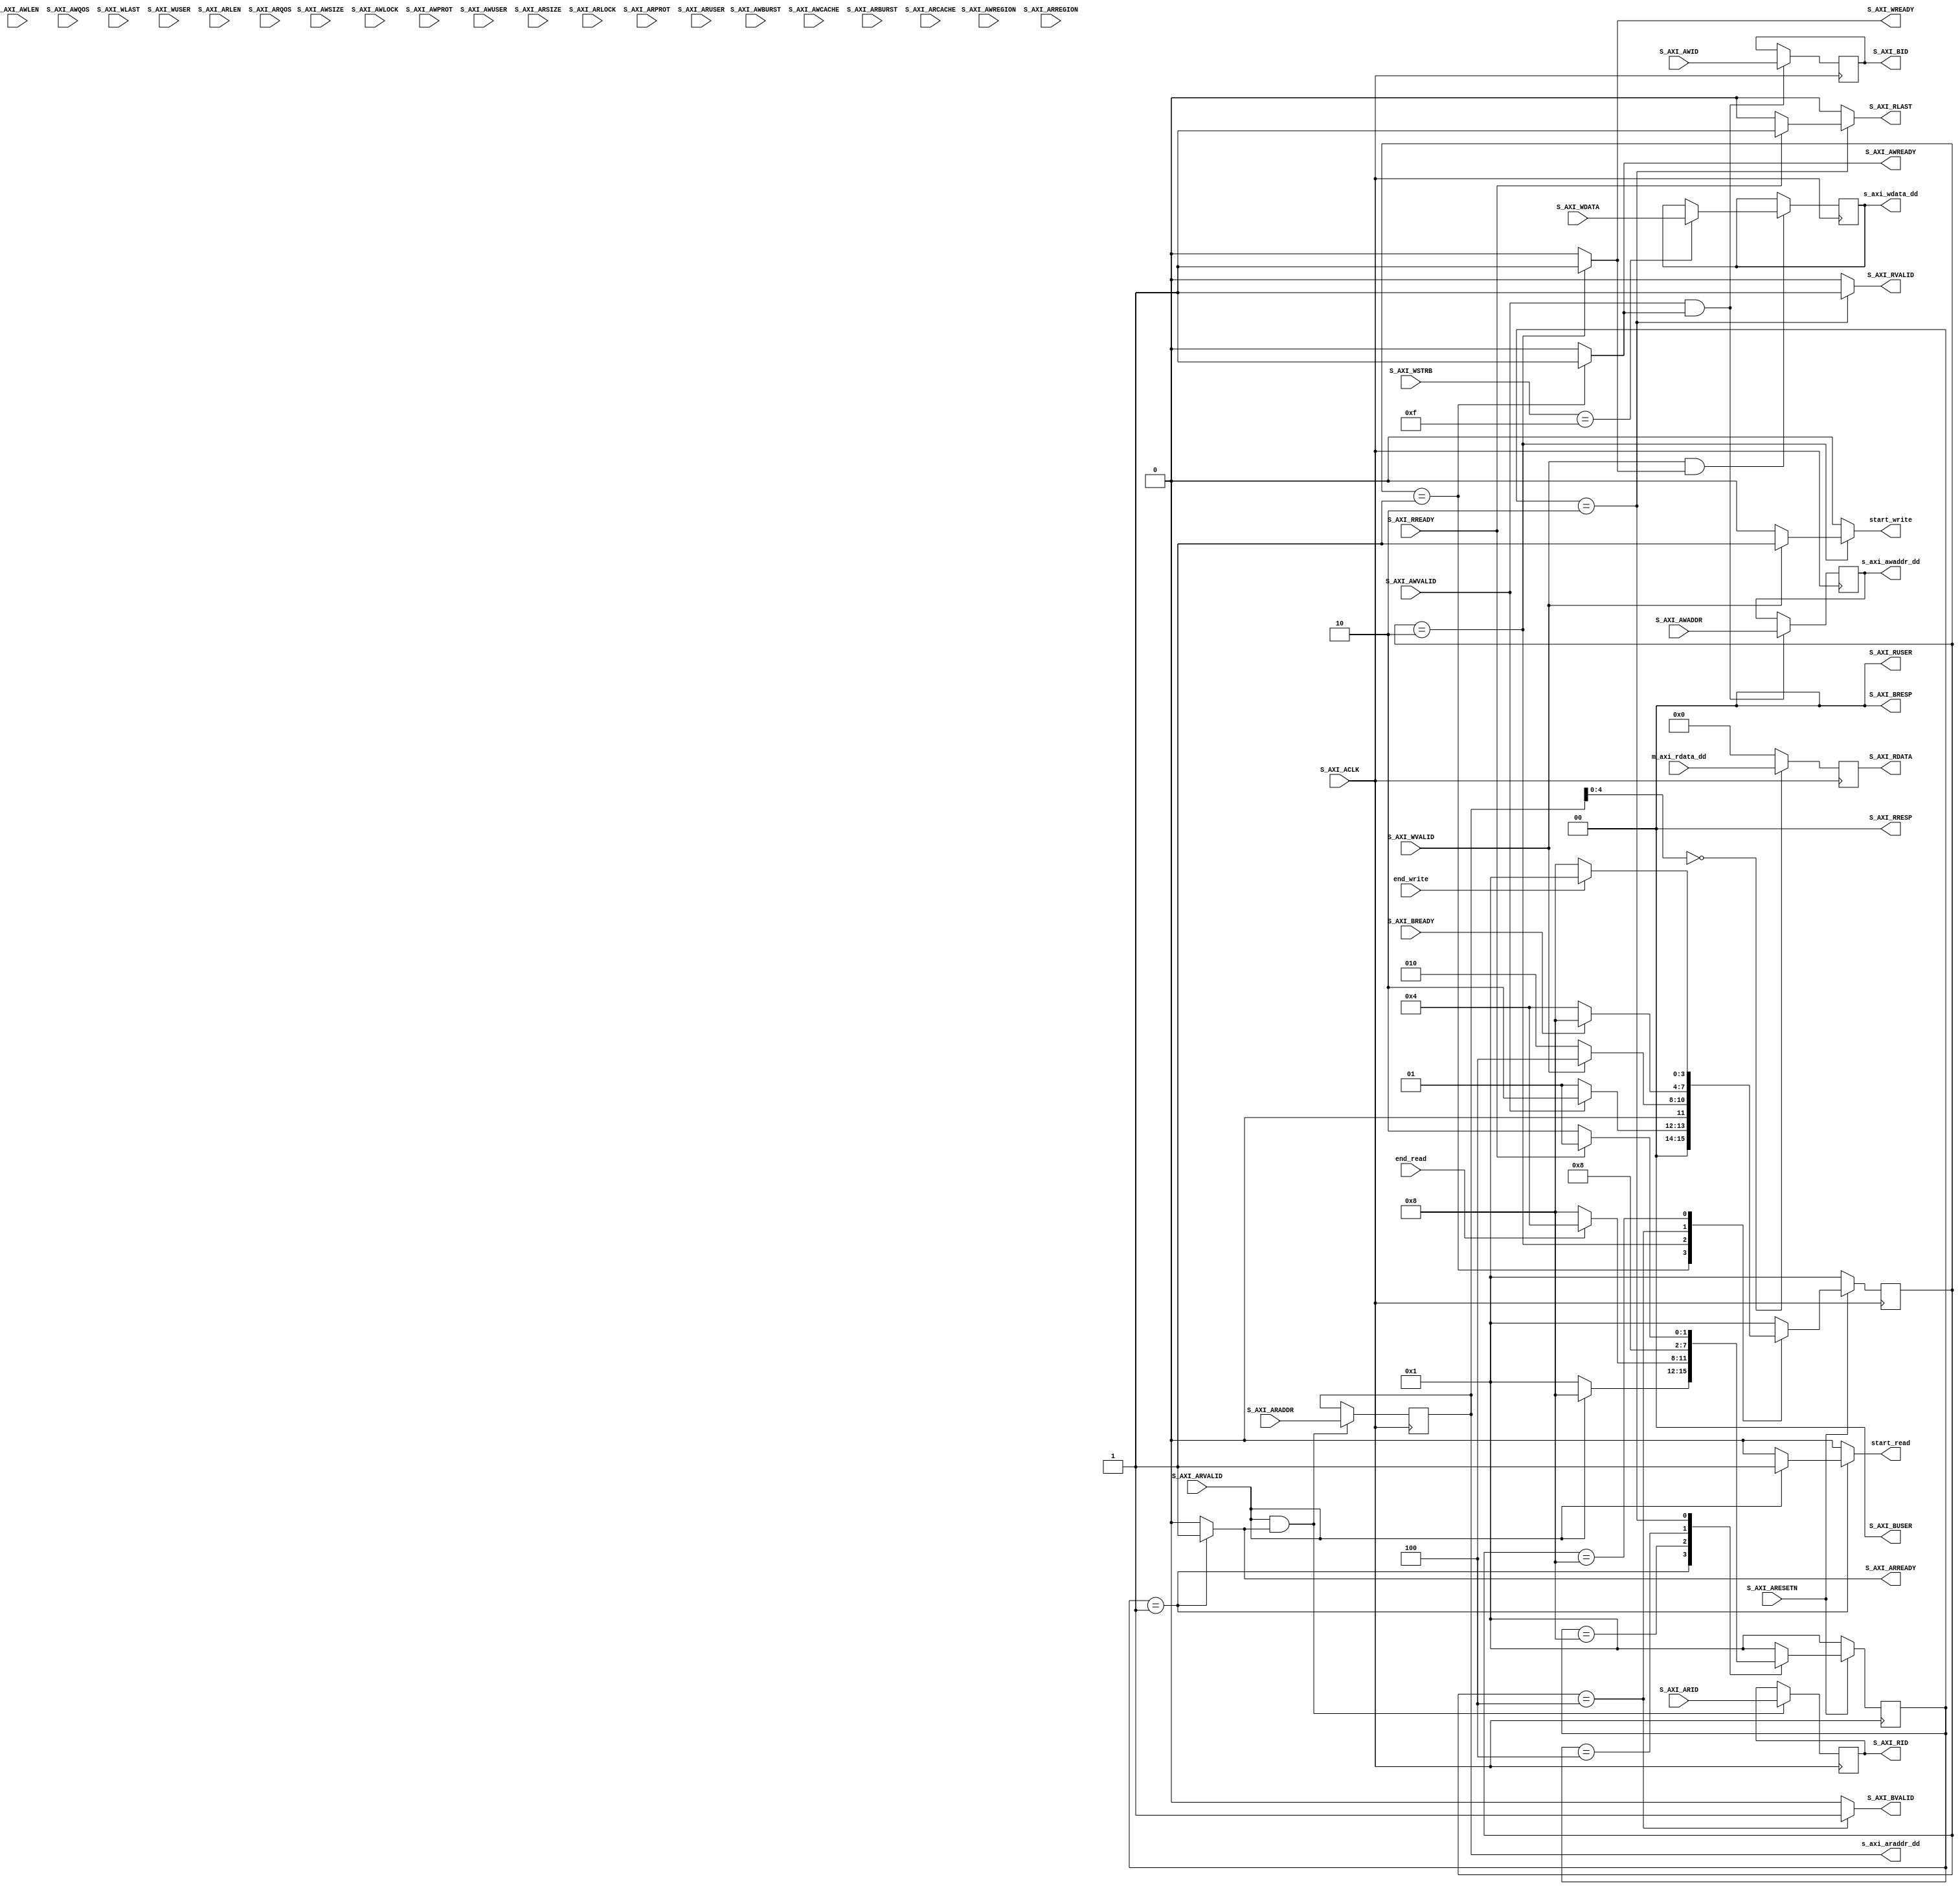
// This program was cloned from: https://github.com/esa-tu-darmstadt/tapasco
// License: GNU Lesser General Public License v3.0

//
// Copyright (C) 2014 David de la Chevallerie, TU Darmstadt
//
// This file is part of Tapasco (TPC).
//
// Tapasco is free software: you can redistribute it and/or modify
// it under the terms of the GNU Lesser General Public License as published by
// the Free Software Foundation, either version 3 of the License, or
// (at your option) any later version.
//
// Tapasco is distributed in the hope that it will be useful,
// but WITHOUT ANY WARRANTY; without even the implied warranty of
// MERCHANTABILITY or FITNESS FOR A PARTICULAR PURPOSE.  See the
// GNU Lesser General Public License for more details.
//
// You should have received a copy of the GNU Lesser General Public License
// along with Tapasco.  If not, see <http://www.gnu.org/licenses/>.
//

`timescale 1 ns / 1 ps

	module mm_to_lite_v1_0_S_AXI #
	(
		// Users to add parameters here

		parameter integer C_M_AXI_DATA_WIDTH	= 32,

		// User parameters ends
		// Do not modify the parameters beyond this line

		// Width of ID for for write address, write data, read address and read data
		parameter integer C_S_AXI_ID_WIDTH	= 1,
		// Width of S_AXI data bus
		parameter integer C_S_AXI_DATA_WIDTH	= 32,
		// Width of S_AXI address bus
		parameter integer C_S_AXI_ADDR_WIDTH	= 6,
		// Width of optional user defined signal in write address channel
		parameter integer C_S_AXI_AWUSER_WIDTH	= 0,
		// Width of optional user defined signal in read address channel
		parameter integer C_S_AXI_ARUSER_WIDTH	= 0,
		// Width of optional user defined signal in write data channel
		parameter integer C_S_AXI_WUSER_WIDTH	= 0,
		// Width of optional user defined signal in read data channel
		parameter integer C_S_AXI_RUSER_WIDTH	= 0,
		// Width of optional user defined signal in write response channel
		parameter integer C_S_AXI_BUSER_WIDTH	= 0
	)
	(
		// Users to add ports here

		output reg start_write,
		output reg [C_S_AXI_ADDR_WIDTH-1 : 0] s_axi_awaddr_dd,
		output reg [C_M_AXI_DATA_WIDTH-1 : 0] s_axi_wdata_dd,
		input wire end_write,

		output reg start_read,
		output reg [C_S_AXI_ADDR_WIDTH-1 : 0] s_axi_araddr_dd,
		input wire [C_M_AXI_DATA_WIDTH-1 : 0] m_axi_rdata_dd,
		input wire end_read,


		// User ports ends
		// Do not modify the ports beyond this line

		// Global Clock Signal
		input wire  S_AXI_ACLK,
		// Global Reset Signal. This Signal is Active LOW
		input wire  S_AXI_ARESETN,
		// Write Address ID
		input wire [C_S_AXI_ID_WIDTH-1 : 0] S_AXI_AWID,
		// Write address
		input wire [C_S_AXI_ADDR_WIDTH-1 : 0] S_AXI_AWADDR,
		// Burst length. The burst length gives the exact number of transfers in a burst
		input wire [7 : 0] S_AXI_AWLEN,
		// Burst size. This signal indicates the size of each transfer in the burst
		input wire [2 : 0] S_AXI_AWSIZE,
		// Burst type. The burst type and the size information, 
    // determine how the address for each transfer within the burst is calculated.
		input wire [1 : 0] S_AXI_AWBURST,
		// Lock type. Provides additional information about the
    // atomic characteristics of the transfer.
		input wire  S_AXI_AWLOCK,
		// Memory type. This signal indicates how transactions
    // are required to progress through a system.
		input wire [3 : 0] S_AXI_AWCACHE,
		// Protection type. This signal indicates the privilege
    // and security level of the transaction, and whether
    // the transaction is a data access or an instruction access.
		input wire [2 : 0] S_AXI_AWPROT,
		// Quality of Service, QoS identifier sent for each
    // write transaction.
		input wire [3 : 0] S_AXI_AWQOS,
		// Region identifier. Permits a single physical interface
    // on a slave to be used for multiple logical interfaces.
		input wire [3 : 0] S_AXI_AWREGION,
		// Optional User-defined signal in the write address channel.
		input wire [C_S_AXI_AWUSER_WIDTH-1 : 0] S_AXI_AWUSER,
		// Write address valid. This signal indicates that
    // the channel is signaling valid write address and
    // control information.
		input wire  S_AXI_AWVALID,
		// Write address ready. This signal indicates that
    // the slave is ready to accept an address and associated
    // control signals.
		output reg  S_AXI_AWREADY,
		// Write Data
		input wire [C_S_AXI_DATA_WIDTH-1 : 0] S_AXI_WDATA,
		// Write strobes. This signal indicates which byte
    // lanes hold valid data. There is one write strobe
    // bit for each eight bits of the write data bus.
		input wire [(C_S_AXI_DATA_WIDTH/8)-1 : 0] S_AXI_WSTRB,
		// Write last. This signal indicates the last transfer
    // in a write burst.
		input wire  S_AXI_WLAST,
		// Optional User-defined signal in the write data channel.
		input wire [C_S_AXI_WUSER_WIDTH-1 : 0] S_AXI_WUSER,
		// Write valid. This signal indicates that valid write
    // data and strobes are available.
		input wire  S_AXI_WVALID,
		// Write ready. This signal indicates that the slave
    // can accept the write data.
		output reg  S_AXI_WREADY,
		// Response ID tag. This signal is the ID tag of the
    // write response.
		output wire [C_S_AXI_ID_WIDTH-1 : 0] S_AXI_BID,
		// Write response. This signal indicates the status
    // of the write transaction.
		output wire [1 : 0] S_AXI_BRESP,
		// Optional User-defined signal in the write response channel.
		output wire [C_S_AXI_BUSER_WIDTH-1 : 0] S_AXI_BUSER,
		// Write response valid. This signal indicates that the
    // channel is signaling a valid write response.
		output reg  S_AXI_BVALID,
		// Response ready. This signal indicates that the master
    // can accept a write response.
		input wire  S_AXI_BREADY,
		// Read address ID. This signal is the identification
    // tag for the read address group of signals.
		input wire [C_S_AXI_ID_WIDTH-1 : 0] S_AXI_ARID,
		// Read address. This signal indicates the initial
    // address of a read burst transaction.
		input wire [C_S_AXI_ADDR_WIDTH-1 : 0] S_AXI_ARADDR,
		// Burst length. The burst length gives the exact number of transfers in a burst
		input wire [7 : 0] S_AXI_ARLEN,
		// Burst size. This signal indicates the size of each transfer in the burst
		input wire [2 : 0] S_AXI_ARSIZE,
		// Burst type. The burst type and the size information, 
    // determine how the address for each transfer within the burst is calculated.
		input wire [1 : 0] S_AXI_ARBURST,
		// Lock type. Provides additional information about the
    // atomic characteristics of the transfer.
		input wire  S_AXI_ARLOCK,
		// Memory type. This signal indicates how transactions
    // are required to progress through a system.
		input wire [3 : 0] S_AXI_ARCACHE,
		// Protection type. This signal indicates the privilege
    // and security level of the transaction, and whether
    // the transaction is a data access or an instruction access.
		input wire [2 : 0] S_AXI_ARPROT,
		// Quality of Service, QoS identifier sent for each
    // read transaction.
		input wire [3 : 0] S_AXI_ARQOS,
		// Region identifier. Permits a single physical interface
    // on a slave to be used for multiple logical interfaces.
		input wire [3 : 0] S_AXI_ARREGION,
		// Optional User-defined signal in the read address channel.
		input wire [C_S_AXI_ARUSER_WIDTH-1 : 0] S_AXI_ARUSER,
		// Write address valid. This signal indicates that
    // the channel is signaling valid read address and
    // control information.
		input wire  S_AXI_ARVALID,
		// Read address ready. This signal indicates that
    // the slave is ready to accept an address and associated
    // control signals.
		output reg  S_AXI_ARREADY,
		// Read ID tag. This signal is the identification tag
    // for the read data group of signals generated by the slave.
		output wire [C_S_AXI_ID_WIDTH-1 : 0] S_AXI_RID,
		// Read Data
		output wire [C_S_AXI_DATA_WIDTH-1 : 0] S_AXI_RDATA,
		// Read response. This signal indicates the status of
    // the read transfer.
		output wire [1 : 0] S_AXI_RRESP,
		// Read last. This signal indicates the last transfer
    // in a read burst.
		output reg  S_AXI_RLAST,
		// Optional User-defined signal in the read address channel.
		output wire [C_S_AXI_RUSER_WIDTH-1 : 0] S_AXI_RUSER,
		// Read valid. This signal indicates that the channel
    // is signaling the required read data.
		output reg  S_AXI_RVALID,
		// Read ready. This signal indicates that the master can
    // accept the read data and response information.
		input wire  S_AXI_RREADY
	);

	// Add user logic here

	// function called clogb2 that returns an integer which has the 
	// value of the ceiling of the log base 2.                      
	function integer clogb2 (input integer bit_depth);              
	  begin                                                           
	  for(clogb2=0; bit_depth>0; clogb2=clogb2+1)                   
	    bit_depth = bit_depth >> 1;                                 
	  end                                                           
	endfunction 

	//localparam integer BYTES_PER_BEAT = C_M_AXI_DATA_WIDTH/8;

	// used as loop-iterator
	integer i;

	// paramter for fsm and control unit
	localparam integer STATE_BIT_WIDTH 		= 4;
	localparam [STATE_BIT_WIDTH - 1 : 0] IDLE 	= 4'b0001;
	localparam [STATE_BIT_WIDTH - 1 : 0] DATA 	= 4'b0010;
	localparam [STATE_BIT_WIDTH - 1 : 0] RESP 	= 4'b0100;
	localparam [STATE_BIT_WIDTH - 1 : 0] WAIT 	= 4'b1000;

	reg  [STATE_BIT_WIDTH - 1 : 0] 		state_read;
	reg  [STATE_BIT_WIDTH - 1 : 0] 		next_state_read;

	reg  [STATE_BIT_WIDTH - 1 : 0] 		state_write;
	reg  [STATE_BIT_WIDTH - 1 : 0] 		next_state_write;

	// switch next_state_read synchron
	always @( posedge S_AXI_ACLK )
	begin
	  if ( S_AXI_ARESETN == 1'b0 )
		begin
		    state_read <= IDLE;
		    state_write <= IDLE;
		end
	  else
		begin
		    state_read <= next_state_read;
		    state_write <= next_state_write;
		end
	end

	//--------------------
	// Write Channel
	//--------------------

	// Fixed Values for Write Transfers
	reg [C_S_AXI_ID_WIDTH-1 : 0] s_axi_awid_dd;

	wire [C_M_AXI_DATA_WIDTH-1 : 0] s_axi_wdata_array [0 : (C_S_AXI_DATA_WIDTH/C_M_AXI_DATA_WIDTH)-1];
	wire [(C_M_AXI_DATA_WIDTH/8)-1 : 0] s_axi_wstrb_array [0 : (C_S_AXI_DATA_WIDTH/C_M_AXI_DATA_WIDTH)-1];

	assign S_AXI_BID = s_axi_awid_dd;
	assign S_AXI_BRESP = 2'b00;
	assign S_AXI_BUSER = 0;

	// convert data/strb register to 2d vector to ease access internally
	genvar j;
	generate
	  for(j=1; j <= C_S_AXI_DATA_WIDTH/C_M_AXI_DATA_WIDTH; j=j+1)
	    begin:WRITE_ARRAY
		assign s_axi_wdata_array[j-1] = S_AXI_WDATA[(j*C_M_AXI_DATA_WIDTH)-1 : ((j*C_M_AXI_DATA_WIDTH)-1)-(C_M_AXI_DATA_WIDTH-1)];
		assign s_axi_wstrb_array[j-1] = S_AXI_WSTRB[(j*C_M_AXI_DATA_WIDTH/8)-1 : ((j*C_M_AXI_DATA_WIDTH/8)-1)-(C_M_AXI_DATA_WIDTH/8-1)];
	    end
	endgenerate

	// save aw channel inputs
	always @( posedge S_AXI_ACLK )
	begin
	  if ( S_AXI_AWVALID == 1'b1 && S_AXI_AWREADY == 1'b1 )
		begin
		    s_axi_awid_dd <= S_AXI_AWID;
		    s_axi_awaddr_dd <= S_AXI_AWADDR;
		end
	  if ( S_AXI_WVALID == 1'b1 && S_AXI_WREADY == 1'b1 )
		begin
		  for(i=0; i < C_S_AXI_DATA_WIDTH/C_M_AXI_DATA_WIDTH; i=i+1)
		    begin
		      if(s_axi_wstrb_array[i] == 8'hF)
		    	s_axi_wdata_dd <= s_axi_wdata_array[i];
		    end
		end
	end

	//combinatorc logic to calculate next state_write
	//and logic to give outputs
	always @( * )
	begin
	    S_AXI_AWREADY = 1'b0;
	    S_AXI_WREADY = 1'b0;
	    S_AXI_BVALID = 1'b0;
	    start_write = 1'b0;

	    case(state_write)
		IDLE:
		    begin
	    		S_AXI_AWREADY = 1'b1;
			if(S_AXI_AWVALID == 1'b1)
			    begin
				next_state_write = DATA;
			    end
			else
			    begin
		    		next_state_write = IDLE;
			    end
		    end
		DATA:
		    begin
	    		S_AXI_WREADY = 1'b1;
			if(S_AXI_WVALID == 1'b1)
			    begin
	    			start_write = 1'b1;
				next_state_write = RESP;
			    end
			else
			    begin
		    		next_state_write = DATA;
			    end
		    end
		RESP:
		    begin	
	    		S_AXI_BVALID = 1'b1;
			if(S_AXI_BREADY == 1'b1)
			    begin
				next_state_write = WAIT;
			    end
			else
			    begin
		    		next_state_write = RESP;
			    end
		    end
		WAIT:
		    begin
			if(end_write == 1'b1)
			    begin
				next_state_write = IDLE;
			    end
			else
			    begin
		    		next_state_write = WAIT;
			    end
		    end
		default:
		    next_state_write = IDLE;
	    endcase
	end

	//--------------------
	// Read Channel
	//--------------------

	// Fixed Values for Read Transfers
	reg [C_S_AXI_ID_WIDTH-1 : 0] s_axi_arid_dd;
	assign S_AXI_RID = s_axi_arid_dd;
	assign S_AXI_RRESP = 2'b00;
	assign S_AXI_RUSER = 0;

	reg [C_M_AXI_DATA_WIDTH-1 : 0] s_axi_rdata_array [0 : (C_S_AXI_DATA_WIDTH/C_M_AXI_DATA_WIDTH)-1];

	// convert data register to 2d vector to ease access internally
	genvar k;
	generate
	  for(k=1; k <= C_S_AXI_DATA_WIDTH/C_M_AXI_DATA_WIDTH; k=k+1)
	    begin:READ_ARRAY
		assign S_AXI_RDATA[(k*C_M_AXI_DATA_WIDTH)-1 : ((k*C_M_AXI_DATA_WIDTH)-1)-(C_M_AXI_DATA_WIDTH-1)] = s_axi_rdata_array[k-1];
	    end
	endgenerate

	// save ar channel inputs
	always @( posedge S_AXI_ACLK )
	begin
	  if ( S_AXI_ARVALID == 1'b1 && S_AXI_ARREADY == 1'b1 )
		begin
		    s_axi_arid_dd <= S_AXI_ARID;
		    s_axi_araddr_dd <= S_AXI_ARADDR;
		end
	  begin
	    for(i=0; i < C_S_AXI_DATA_WIDTH/C_M_AXI_DATA_WIDTH; i=i+1)
	      begin
	        if(s_axi_araddr_dd[4:0] == i*4)
	    	  s_axi_rdata_array[i] <= m_axi_rdata_dd;
		else
	    	  s_axi_rdata_array[i] <= 0;
		  
	    end
	  end
	end

	//combinatorc logic to calculate next state_read
	//and logic to give outputs
	always @( * )
	begin
	    S_AXI_ARREADY = 1'b0;
	    S_AXI_RVALID = 1'b0;
	    S_AXI_RLAST = 1'b0;
	    start_read = 1'b0;

	    case(state_read)
		IDLE:
		    begin
	    		S_AXI_ARREADY = 1'b1;
			if(S_AXI_ARVALID == 1'b1)
			    begin
	    			start_read = 1'b1;
				next_state_read = WAIT;
			    end
			else
			    begin
		    		next_state_read = IDLE;
			    end
		    end
		WAIT:
		    begin
			if(end_read == 1'b1)
			    begin
				next_state_read = RESP;
			    end
			else
			    begin
		    		next_state_read = WAIT;
			    end
		    end
		// bubble cycle to wait for data register update
		RESP:
		    begin
			next_state_read = DATA;
		    end
		DATA:
		    begin
	    		S_AXI_RVALID = 1'b1;
			if(S_AXI_RREADY == 1'b1)
			    begin
	    			S_AXI_RLAST = 1'b1;
				next_state_read = IDLE;
			    end
			else
			    begin
		    		next_state_read = DATA;
			    end
		    end
		default:
		    next_state_read = IDLE;
	    endcase
	end

	// User logic ends

	endmodule